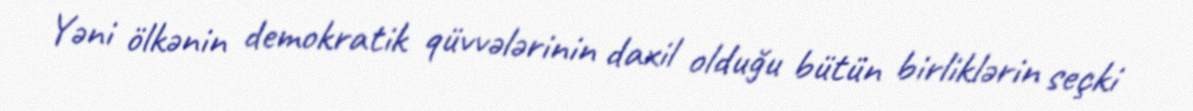
Yəni ölkənin demokratik qüvvələrinin daxil olduğu bütün birliklərin seçki